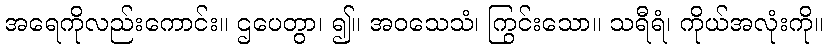
အရေကိုလည်းကောင်း။ ဌပေတွာ၊ ၍။ အဝသေသံ၊ ကြွင်းသော။ သရီရံ၊ ကိုယ်အလုံးကို။